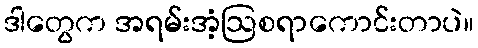
ဒါတွေက အရမ်းအံ့ဩစရာကောင်းတာပဲ။